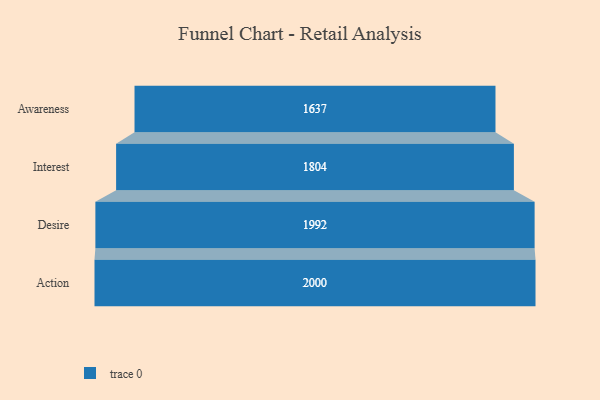
{"axis": {"x": "Stage", "y": "Value"}, "legend": [""], "data": [{"x": "Awareness", "y": 1637.0, "type": ""}, {"x": "Interest", "y": 1804.0, "type": ""}, {"x": "Desire", "y": 1992.0, "type": ""}, {"x": "Action", "y": 2000, "type": ""}]}